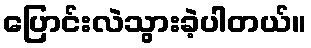
ပြောင်းလဲသွားခဲ့ပါတယ်။